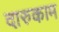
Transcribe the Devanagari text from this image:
दारुकाम